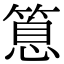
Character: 𥰝